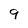
Character: 9